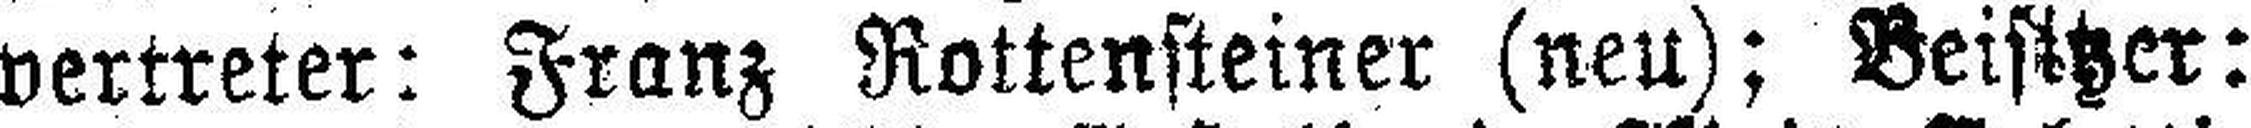
vertreter: Franz Rottensteiner (neu); Beisitzer: